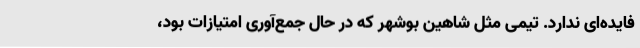
فایده‌ای ندارد. تیمی مثل شاهین بوشهر که در حال جمع‌آوری امتیازات بود،